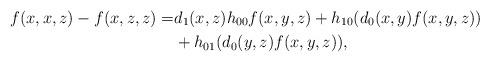
LaTeX: \begin{align*}f(x,x,z)-f(x,z,z)=&d_1(x,z) h_{00} f(x,y,z) + h_{10}(d_0(x,y)f(x,y,z))\\ &+ h_{01}(d_0(y,z)f(x,y,z)),\end{align*}